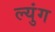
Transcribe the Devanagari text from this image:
ल्युंग